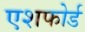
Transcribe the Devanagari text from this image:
एशफोर्ड